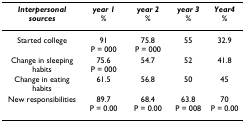
| Interpersonal sources | year 1% | year 2% | year 3% | Year4% |
 | --- | --- | --- | --- | --- |
 | Started college | 91P = 000 | 75.8P = 000 | 55 | 32.9 |
 | Change in sleeping habits | 75.6P = 000 | 54.7 | 52 | 41.8 |
 | Change in eating habits | 61.5 | 56.8 | 50 | 45 |
 | New responsibilities | 89.7P = 0.00 | 68.4P = 0.00 | 63.8P = 008 | 70P = 0.00 |